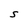
Character: S